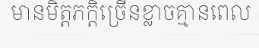
មានមិត្តភក្តិច្រើនខ្លាចគ្មានពេល